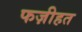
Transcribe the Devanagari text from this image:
फज़ीहत